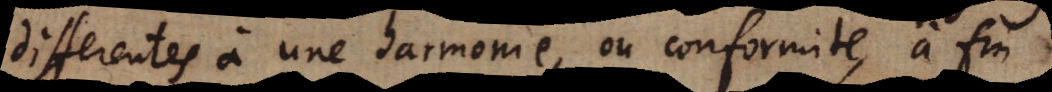
differentes à une harmonie, ou conformite, à fin